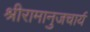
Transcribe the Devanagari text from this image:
श्रीरामानुजचार्य